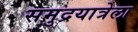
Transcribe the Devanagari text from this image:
समुद्रयात्रेला